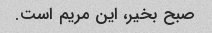
صبح بخیر، این مریم است.